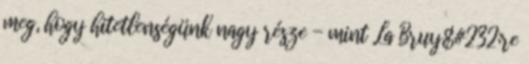
meg, hogy hitetlenségünk nagy része - mint La Bruy&#232;re